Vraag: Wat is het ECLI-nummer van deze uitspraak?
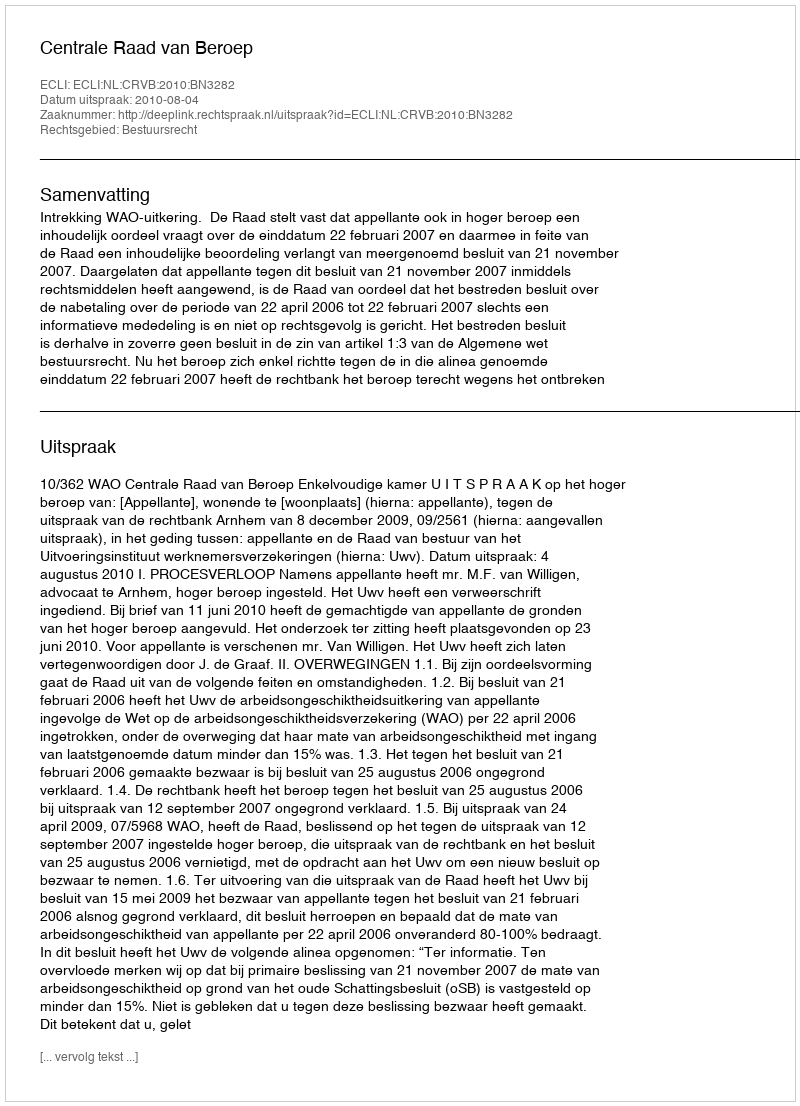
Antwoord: ECLI:NL:CRVB:2010:BN3282